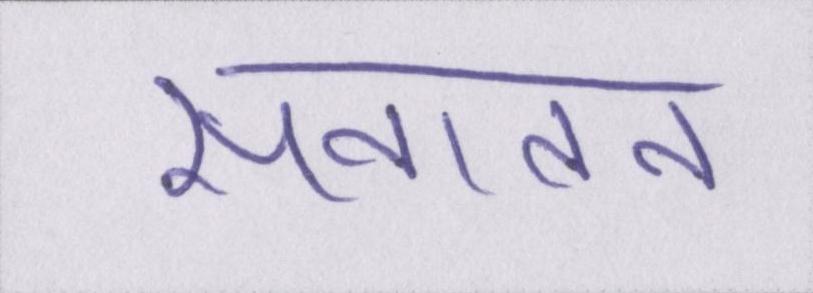
सनातन